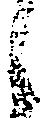
候